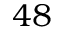
4 8